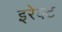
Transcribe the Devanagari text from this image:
इरेक्ट